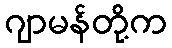
ဂျာမန်တို့က